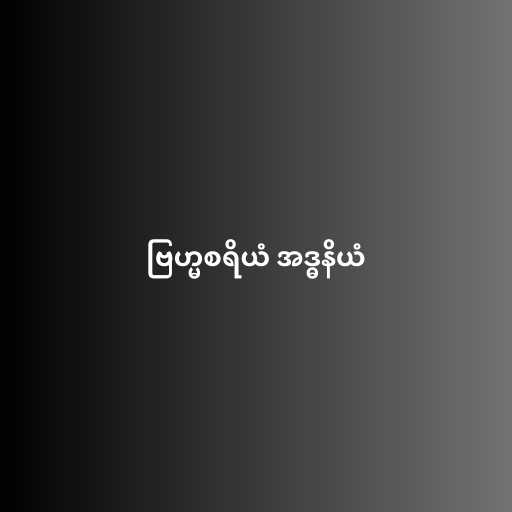
ဗြဟ္မစရိယံ အဒ္ဓနိယံ